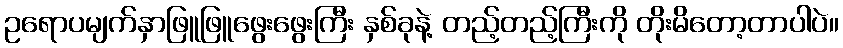
ဥရောပမျက်နှာဖြူဖြူဖွေးဖွေးကြီး နှစ်ခုနဲ့ တည့်တည့်ကြီးကို တိုးမိတော့တာပါပဲ။